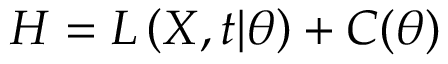
H = L \left( \boldsymbol { X } , \boldsymbol { t } | \boldsymbol { \theta } \right) + C ( \boldsymbol { \theta } )